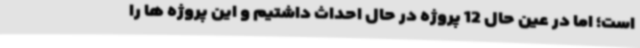
است؛ اما در عین حال 12 پروژه در حال احداث داشتیم و این پروژه ها را